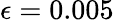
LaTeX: \epsilon=0.005